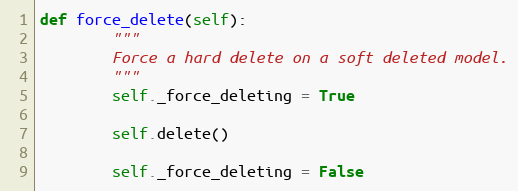
Language: Python
def force_delete(self):
        """
        Force a hard delete on a soft deleted model.
        """
        self._force_deleting = True

        self.delete()

        self._force_deleting = False